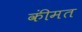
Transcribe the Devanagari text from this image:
कींमत